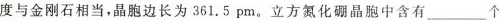
度与金刚石相当，晶胞边长为361.5pm。立方氮化硼晶胞中含有___个